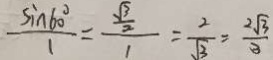
\frac { \sin 6 0 ^ { \circ } } { 1 } = \frac { \frac { \sqrt { 3 } } { 2 } } { 1 } = \frac { 2 } { \sqrt { 3 } } = \frac { 2 \sqrt { 3 } } { 3 }